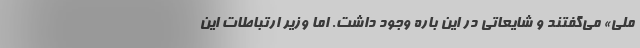
ملي» مي‌گفتند و شايعاتي در اين باره وجود داشت. اما وزير ارتباطات اين